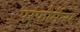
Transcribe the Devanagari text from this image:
परफौर्मेन्स